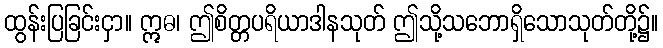
ထွန်းပြခြင်းငှာ။ ဣဓ၊ ဤစိတ္တပရိယာဒါနသုတ် ဤသို့သဘောရှိသောသုတ်တို့၌။